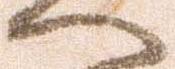
へ